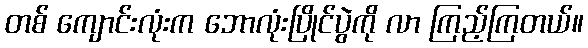
တစ် ကျောင်းလုံးက ဘောလုံးပြိုင်ပွဲကို လာ ကြည့်ကြတယ်။